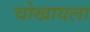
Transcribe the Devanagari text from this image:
चोखायला